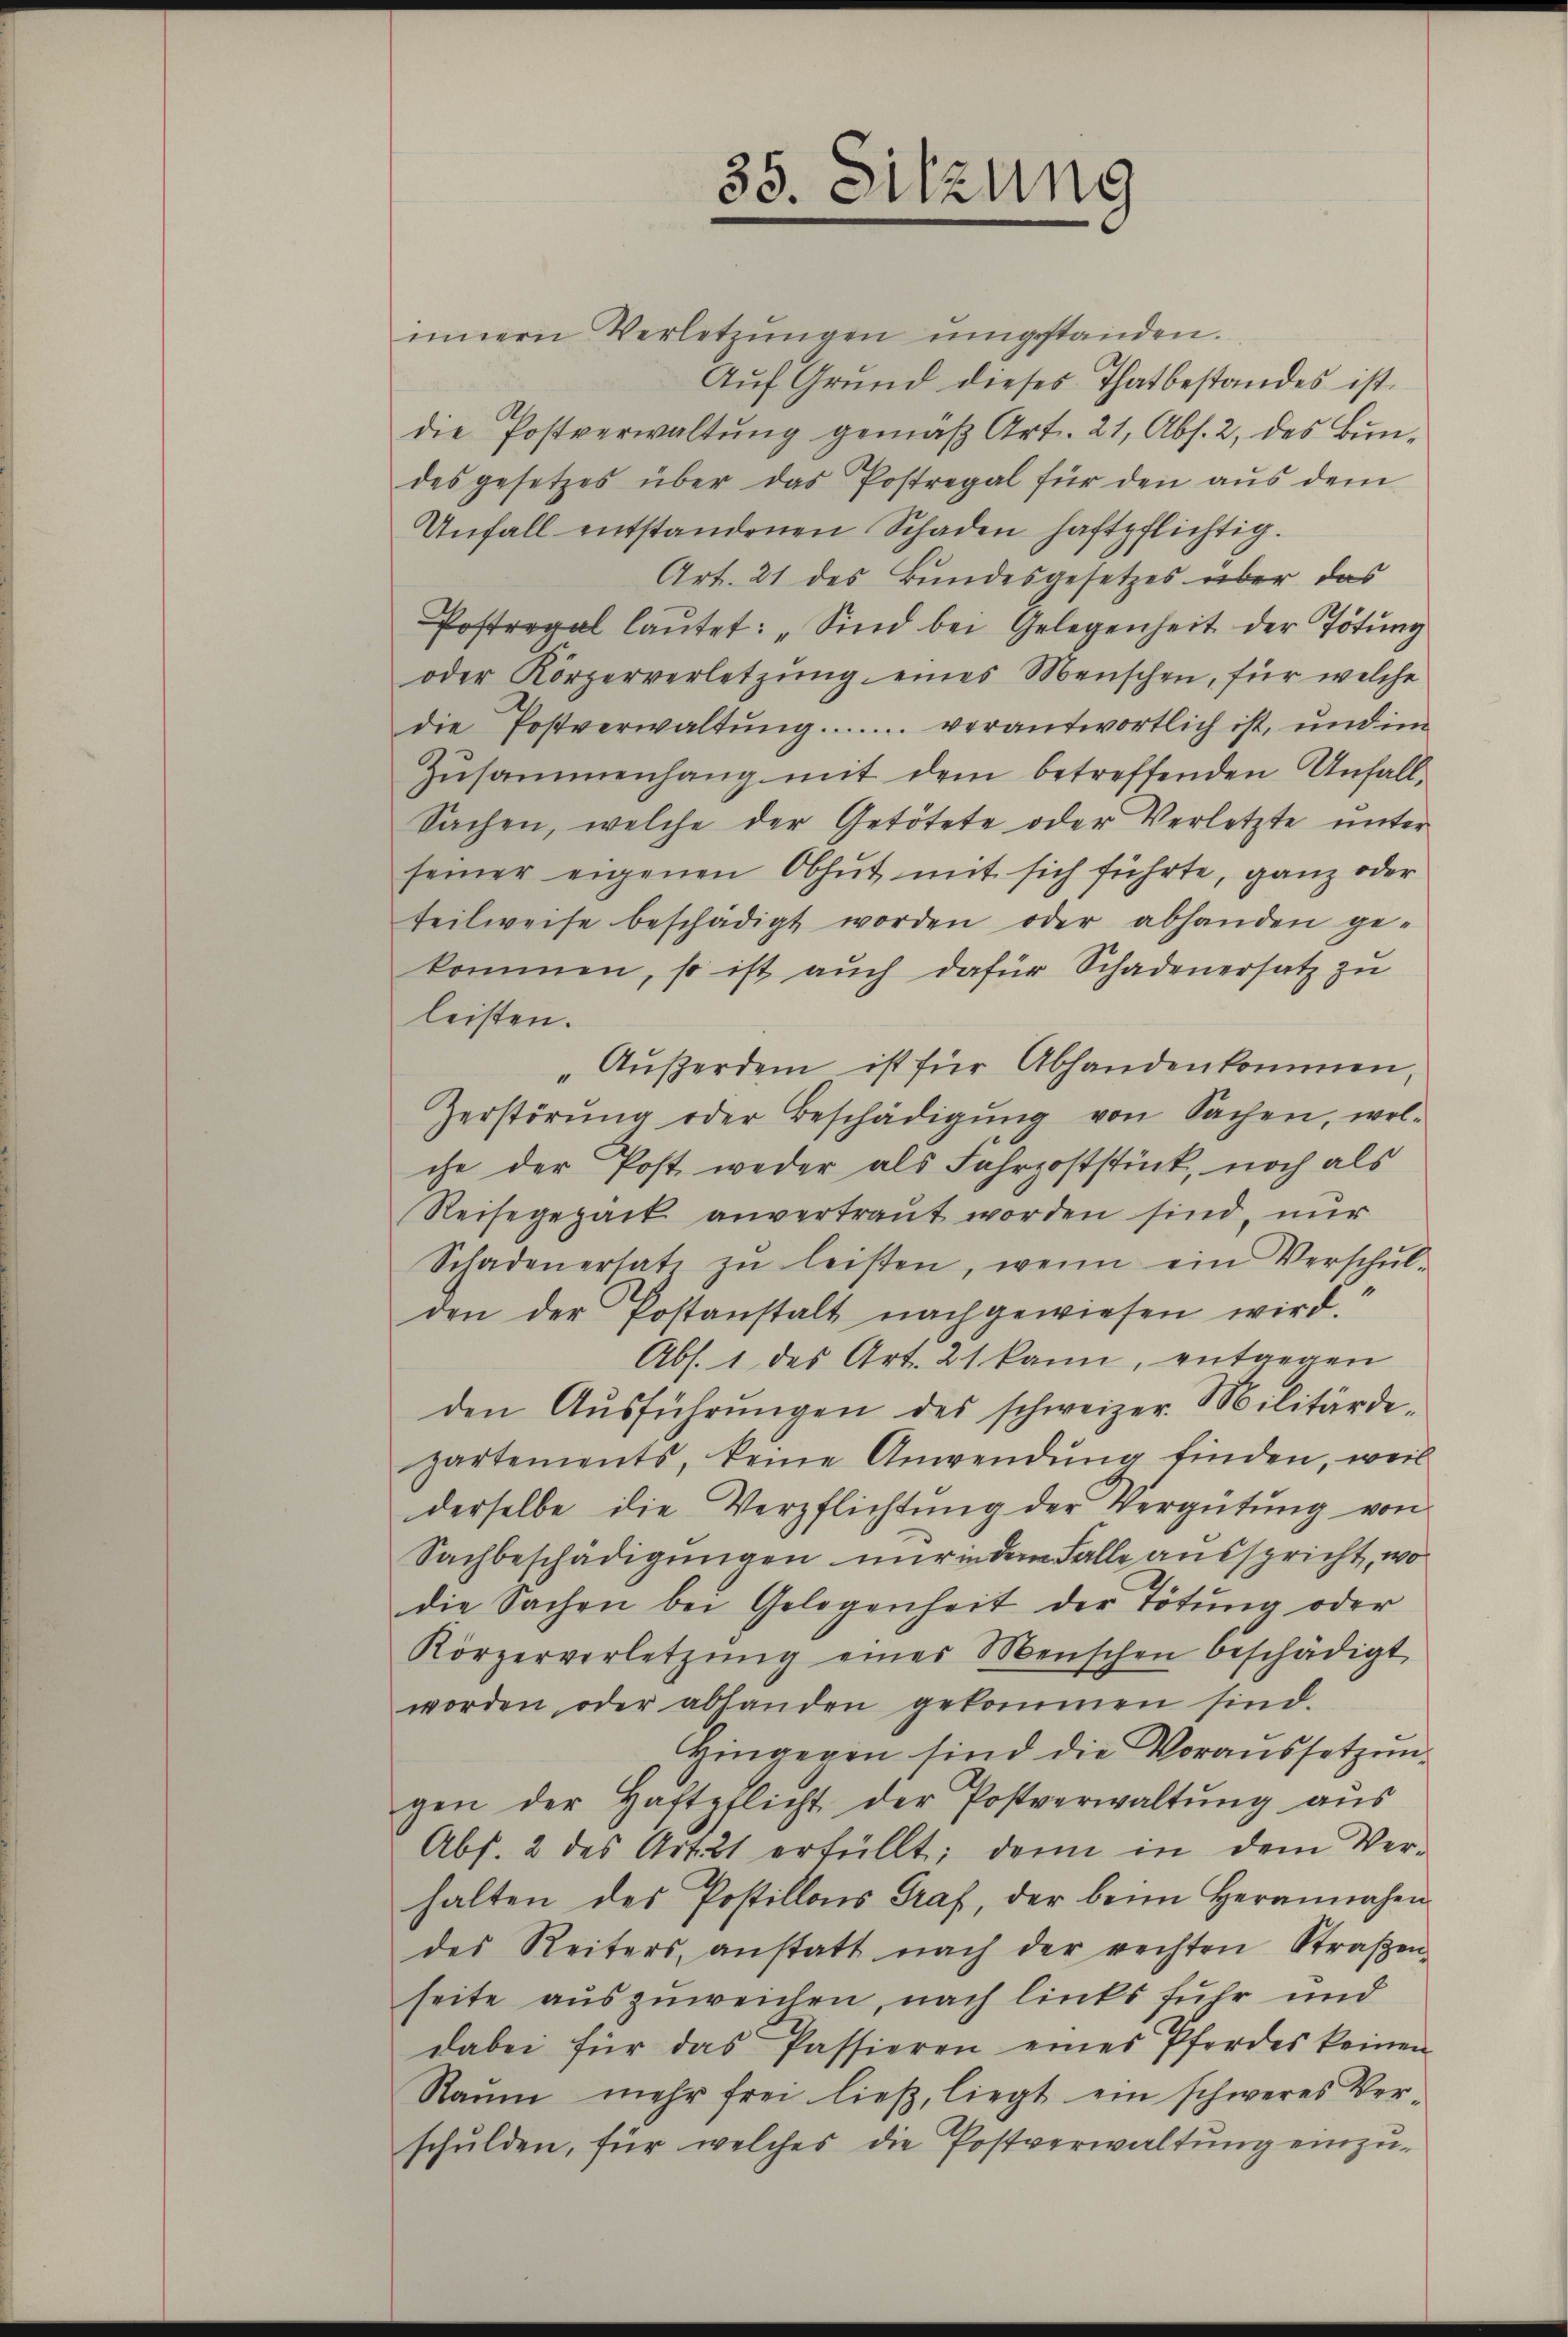
35. Sitzung

innern Verletzŭngen ŭmgestanden.
Aŭf Grund dieses Thatbestandes ist.
die Postverwaltŭng gemäβ Art. 21, Abs. 2, des Bŭn-
des gesetzes über das Postregal für den aŭs dem
Unfall entstandenen Schaden haftpflichtig.
Art. 21 des Bundesgesetzes über das
Postregal laŭtet: „Sind bei Gelegenheit der Tötung
oder Körperverletzung eines Menschen, für welche
die Postverwaltŭng....... verantwortlich ist, und im
Zusammenhang mit dem betreffenden Unfall¬
Sachen, welche der Getötete oder Verletzte unter
seiner eigenen Obhut mit sich führte, ganz oder
teilweise beschädigt worden oder abhanden ge-
kommen, so ist aŭch dafür Schadenersatz zu
leisten.
"Außerdem ist für Abhandenkommen,
Zerstörŭng oder Beschädigŭng von Sachen, wol-
che der Post weder als Fahrpoststück, noch als
Reisegezack anvertraut worden sind, nur
Schadenersatz zŭ leisten, wenn ein Verschŭl-
den der Postanstalt nachgewiesen wird.
Abs. 1 des Art. 21 kann, entgegen
den Aŭsführŭngen des schweizer. Militärde-
partements, keine Anwendung finden, weil
derselbe die Verpflichtung der Vergütung von
Sachbeschädigungen nur Falle ausspricht, wo
die Sachen bei Gelegenheit der Tötung oder
Körperverletzŭng einer Menschen beschädigt,
worden oder abhanden gekommen sind.
Hingegen sind die Voraussetzungen der Haftpflicht der Postverwaltŭng aŭs
Abs. 2 des Art 21 erfüllt; denn in dem Verhalten des Postillons Graf, der beim Herannahen
des Reiters, anstatt nach der rechten Straβen-
seite auszuweichen, nach links fuhr und
dabei für das Passieren eines Pferdes keinen
Raum mehr frei ließ, liegt ein schweres Verschulden, für welches die Postverwaltung einzu-